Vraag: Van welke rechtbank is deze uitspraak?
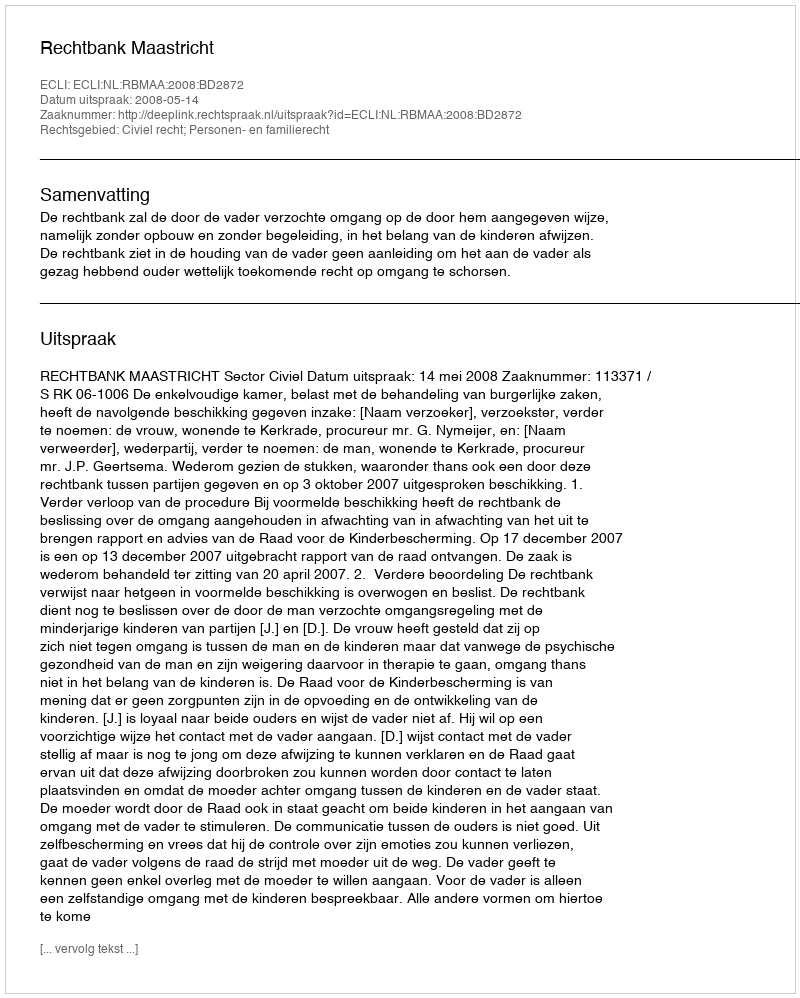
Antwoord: Rechtbank Maastricht